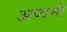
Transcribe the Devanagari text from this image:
अष्वमी